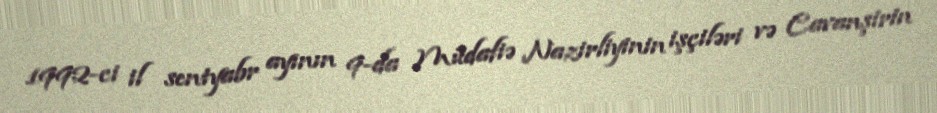
1992-ci il sentyabr ayının 9-da Müdafiə Nazirliyinin işçiləri və Cavanşirin